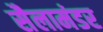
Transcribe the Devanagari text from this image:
सैलामंडर